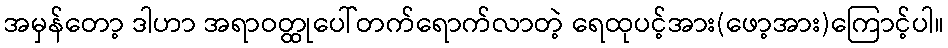
အမှန်တော့ ဒါဟာ အရာဝတ္ထုပေါ်တက်ရောက်လာတဲ့ ရေထုပင့်အား(ဖော့အား)ကြောင့်ပါ။